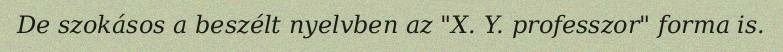
De szokásos a beszélt nyelvben az "X. Y. professzor" forma is.